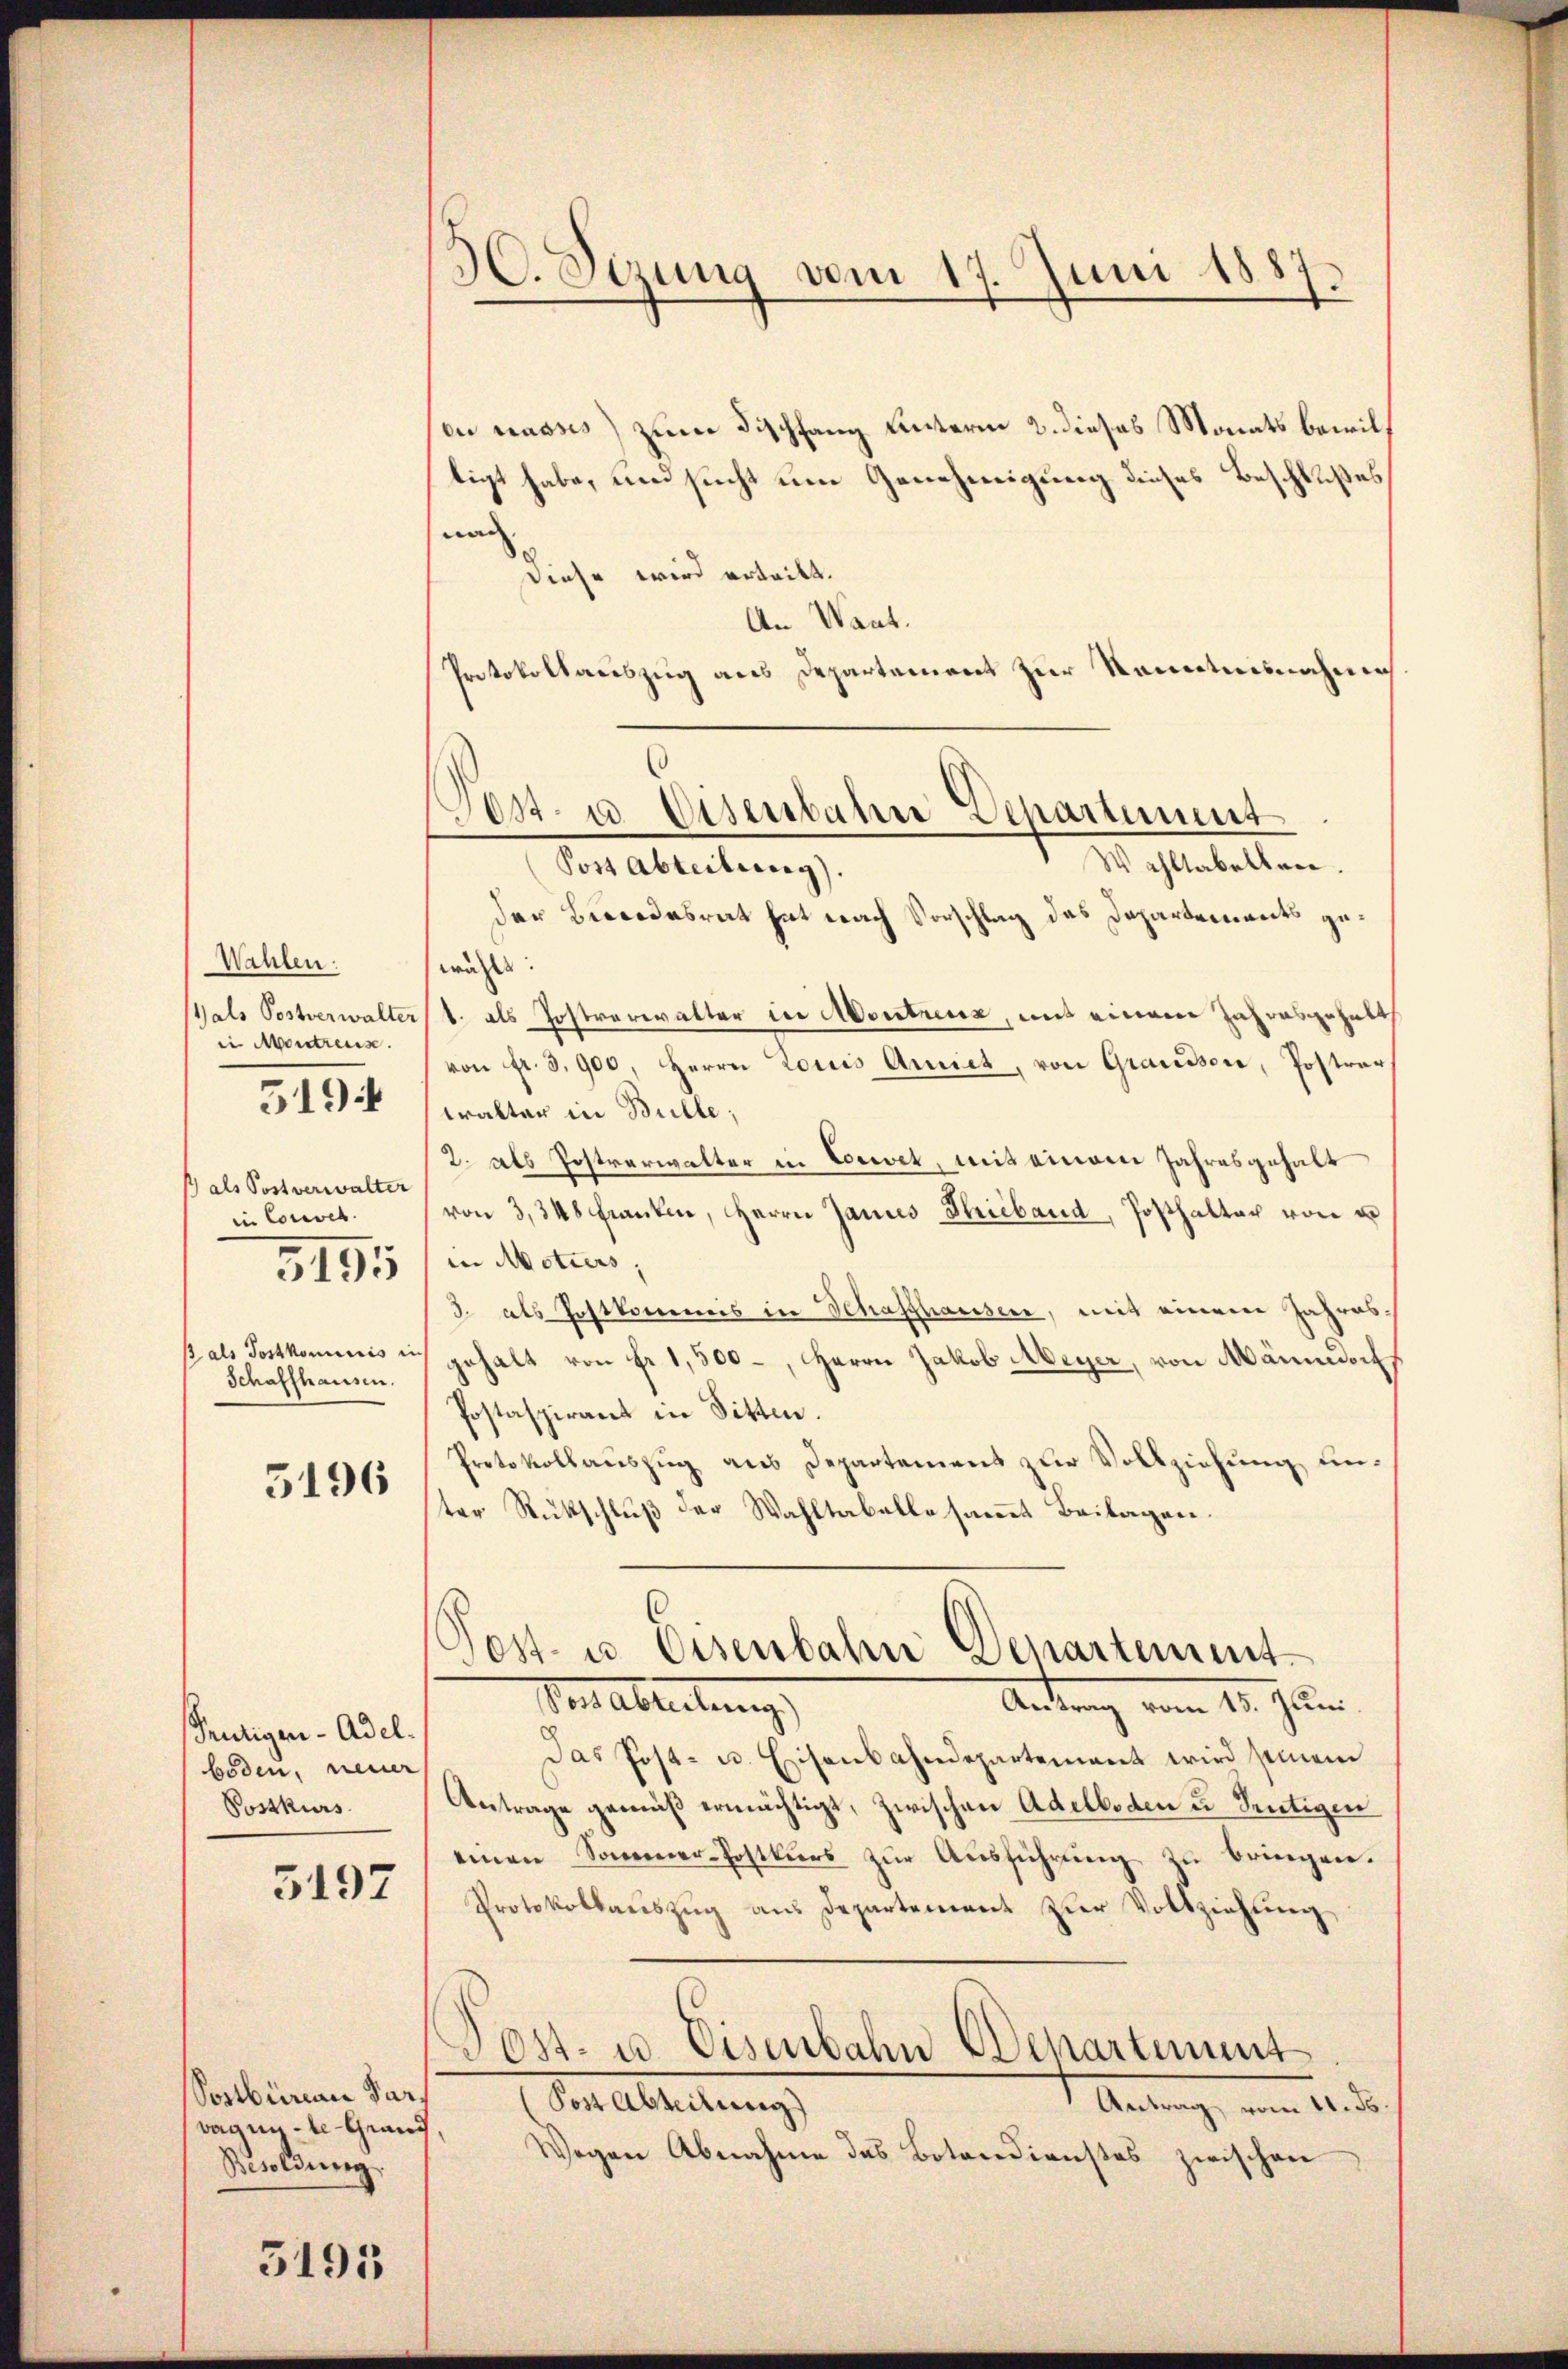
Wahlen:
als Postverwalte
in Montreuse.
als Postverwalter
in Corevel
5195
p als Postkominis i
Schaffhausen.

519.

5196

Frutigen- Adel.
boden, neuer
Postkurs

5197

Postbureau Par
wagende Grand
Besoldung.

5195

C. Sizung vom 17. Juni 1887.

ei nasses) zum Dischfang unterm 2. dieses Monats bewill
tigt habe, und sucht um Genehmigung dieses Beschlußes
wan
Diese wird erteilt.
An Waat.
Protokollariszug aus Departement zur Kenntnisnahme
Wahltabelten.
Post Abteilung).
der Beendesrat hat nach Vorschlag das Departements gewählt:
1. als Postverwalter in Montreux, mit einem Jahresgehalt
von fr. 3900, Herrn Louis Amiet, von Grausser, Postrer
walter in Bulle;
2. als Postverwalter in Corret, mit einem Jahresgehalt
von 3,348 franken, Herrn Janis Trieband, Posthalter von u
in Motiers,
2 als Postkommis in Schaffhausen, mit einem Jahresgehalt von Fr. 1,500-, Herrn Jakob Meyer, von Männedoch
Postaspirant in Sitten.
Protokollaŭszŭg aŭs Departement zŭr Vollziehŭng ŭn-
ter Rückschluß der Wahltabelle sammt Beilagen.
G
Post- u. Eisenbahn Denartement
Venabreitung,
Antung vom 12. Jun
Das Post- u. Eisenbahndepartement wird seinem
Antrage gemäß ermächtigt, zwischen Adelboden u. Sentigen
einen Sonnener-Postkŭrs zŭr Aŭsführŭng zŭ bringen.
Protokollauszug aus Departement zur Vollziehung
Post. u. Eisenbahn Departement
Post Abteilung)
Antrag vom 11. Js.
Wegen Abnahme des Botendienstes zwischen

ost- u. Eisenbahre Departement